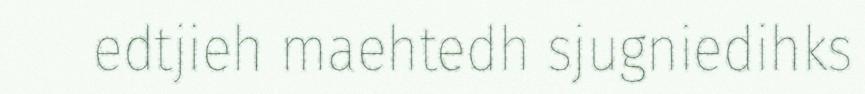
edtjieh maehtedh sjugniedihks